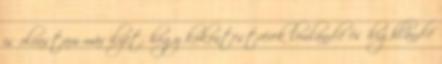
is olvastam már ilyet, hogy kokontestvérek lowland-é és highland-é